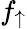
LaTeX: f_{\uparrow}